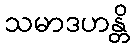
သမာဒဟန္တိ